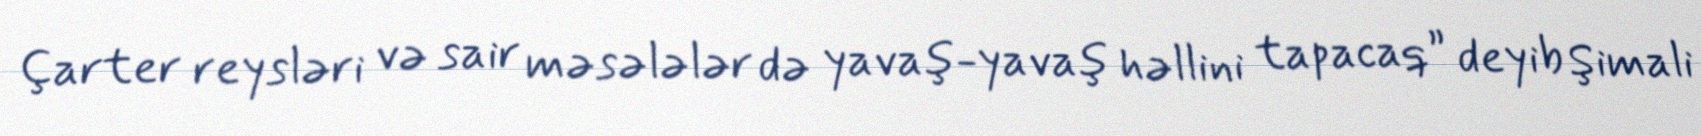
Çarter reysləri və sair məsələlər də yavaş-yavaş həllini tapacaq” deyib Şimali